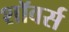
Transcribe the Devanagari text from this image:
शॉवर्स